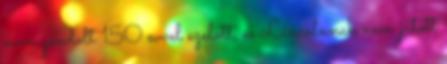
nem gondolt 150 evvel ezelott, es Lincolnnak nem jutott